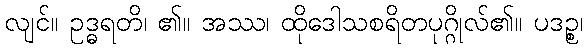
လျင်။ ဥဒ္ဓရတိ၊ ၏။ အဿ၊ ထိုဒေါသစရိတပုဂ္ဂိုလ်၏။ ပဒဉ္စ၊